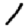
Digit: 1